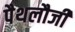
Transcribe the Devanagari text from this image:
पैथलौजी